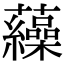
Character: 𧅂